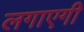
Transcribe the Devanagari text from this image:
लगाएगी